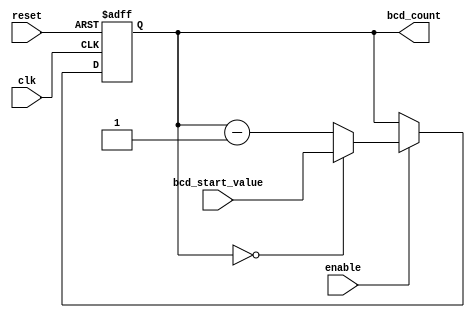
module BCD_Down_Counter_with_Enable (
    input wire clk,      // Clock signal input
    input wire reset,    // Asynchronous reset signal input
    input wire enable,   // Enable control signal input
    input wire [3:0] bcd_start_value,  // BCD starting value input
    output reg [3:0] bcd_count // BCD count output
);

always @(posedge clk or negedge reset) begin
    if (!reset) begin
        bcd_count <= 4'b0; // Initialize counter to zero on reset
    end else if (enable) begin
        // Decrement counter by 1 on each clock cycle
        if (bcd_count == 4'b0) begin
            bcd_count <= bcd_start_value;
        end else begin
            bcd_count <= bcd_count - 4'b1;
        end
    end
end

endmodule